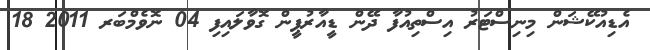
އެޑިއުކޭޝަން މިނިސްޓަރު އިސްތިއުފާ ދޭން ޑީއާރުޕީން ގޮވާލައިފި 04 ނޮވެމްބަރ 2011 18